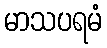
မာသပရမံ